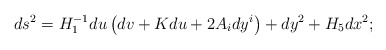
\begin{align*}ds^2 = H_1^{-1}du \left( dv + K du+ 2 A_i dy^i \right)+ dy^2 + H_5 dx^2;\end{align*}